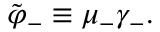
\tilde { \varphi } _ { - } \equiv \mu _ { - } \gamma _ { - } .